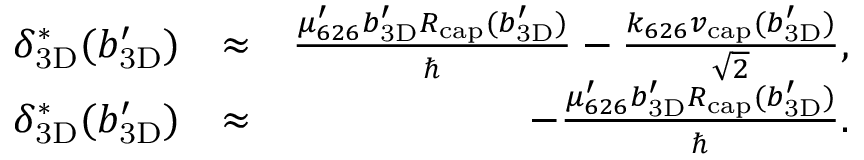
\begin{array} { r l r } { \ensuremath { \delta _ { \mathrm { 3 D } } } ^ { * } ( \ensuremath { b _ { \mathrm { 3 D } } ^ { \prime } } ) } & { \approx } & { \frac { \mu _ { 6 2 6 } ^ { \prime } \ensuremath { b _ { \mathrm { 3 D } } ^ { \prime } } \ensuremath { R _ { \mathrm { c a p } } } ( \ensuremath { b _ { \mathrm { 3 D } } ^ { \prime } } ) } { \hbar } - \frac { \ensuremath { k _ { 6 2 6 } } \ensuremath { v _ { \mathrm { c a p } } } ( \ensuremath { b _ { \mathrm { 3 D } } ^ { \prime } } ) } { \sqrt { 2 } } , } \\ { \ensuremath { \delta _ { \mathrm { 3 D } } } ^ { * } ( \ensuremath { b _ { \mathrm { 3 D } } ^ { \prime } } ) } & { \approx } & { - \frac { \mu _ { 6 2 6 } ^ { \prime } \ensuremath { b _ { \mathrm { 3 D } } ^ { \prime } } \ensuremath { R _ { \mathrm { c a p } } } ( \ensuremath { b _ { \mathrm { 3 D } } ^ { \prime } } ) } { \hbar } . } \end{array}